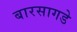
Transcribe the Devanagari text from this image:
बारसागडे